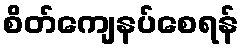
စိတ်ကျေနပ်စေရန်